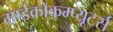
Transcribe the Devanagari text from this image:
माईक्रोकम्प्यूटर्स